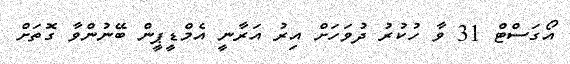
އޯގަސްޓް 31 ވާ ހުކުރު ދުވަހަށް އިރު އަރާނީ އެމްޑީޕީން ބޭނުންވާ ގޮތަށް